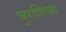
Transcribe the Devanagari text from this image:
चुरशिचा